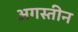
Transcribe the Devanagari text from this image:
अगस्तीन